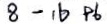
8 - 1 6 + 6